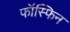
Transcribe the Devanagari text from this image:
फॉस्फिन